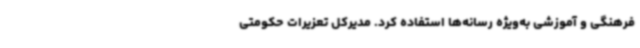
فرهنگی و آموزشی به‌ویژه رسانه‌ها استفاده کرد. مدیرکل تعزیرات حکومتی